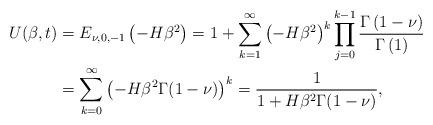
LaTeX: \begin{align*}U(\beta,t)& = E_{\nu, 0, -1} \left(- H \beta^2 \right)=1+\sum_{k=1}^\infty \left(-H\beta^2\right)^k \prod_{j=0}^{k-1}\frac{ \Gamma \left(1-\nu \right)}{\Gamma \left(1\right)}\\ &= \sum_{k=0}^\infty \left(-H\beta^2\Gamma(1-\nu)\right)^k=\frac{1}{1+H\beta^2\Gamma(1-\nu)}, \end{align*}